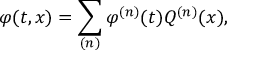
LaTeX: \varphi ( t , x ) = \sum _ { ( n ) } \varphi ^ { ( n ) } ( t ) Q ^ { ( n ) } ( x ) ,